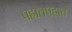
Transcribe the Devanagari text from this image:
पहातपहात